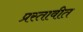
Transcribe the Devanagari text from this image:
प्रस्तावीत